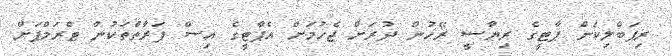
ރިޕަބްލިކަން ޕާޓީގެ ރިޔާސީ ރޭހުން ދުރަށް ޖެހުމަށް އެޕާޓީގެ އިސް ފަރާތްތަކުން ޓްރަމްޕަށް